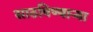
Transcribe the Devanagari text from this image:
साठविण्याऱ्या